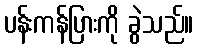
ပန်းကန်ပြားကို ခွဲသည်။